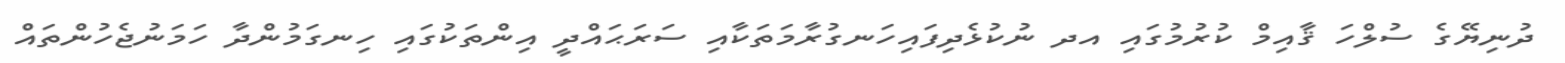
ދުނިޔޭގެ ސުލްހަ ޤާއިމް ކުރުމުގައި އދ ނުކުޅެދިފައިހަނގުރާމަތަކާއި ސަރަޙައްދީ އިންތަކުގައި ހިނގަމުންދާ ހަމަނުޖެހުންތައް